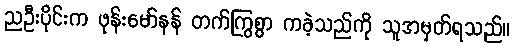
ညဦးပိုင်းက ဖုန်းမော်နန် တက်ကြွစွာ ကခဲ့သည်ကို သူအမှတ်ရသည်။